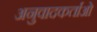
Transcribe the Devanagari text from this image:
अनुवादकर्ताओं